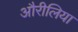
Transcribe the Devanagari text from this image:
औरीलिया